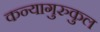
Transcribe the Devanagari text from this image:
कन्यागुरुकुल